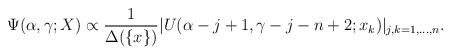
LaTeX: \begin{align*}\Psi(\alpha,\gamma;X)\propto\frac{1}{\Delta(\{x\})}|U(\alpha -j+1,\gamma-j-n+2;x_k)|_{j,k=1,...,n}.\end{align*}